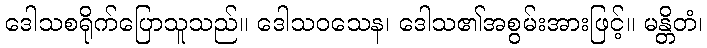
ဒေါသစရိုက်ပြောသူသည်။ ဒေါသဝသေန၊ ဒေါသ၏အစွမ်းအားဖြင့်။ မန္တိတံ၊